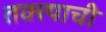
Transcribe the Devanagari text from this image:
तक्त्याची